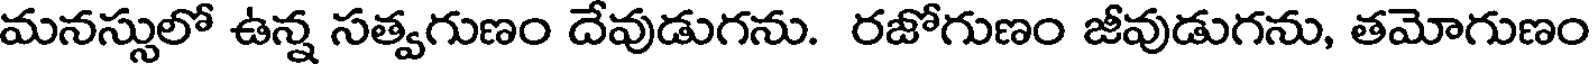
మనస్సులో ఉన్న సత్వగుణం దేవుడుగను. రజోగుణం జీవుడుగను, తమోగుణం